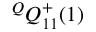
^ Q Q _ { 1 1 } ^ { + } ( 1 )